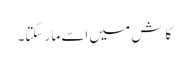
کاش میں اسے مار سکتا۔